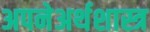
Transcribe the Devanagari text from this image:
अपनेअर्थशास्त्र